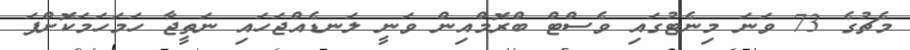
މެޗުގެ 73 ވަނަ މިނެޓުގައި ވެސްޓް ބްރޮމްއިން ވަނީ ލަނޑެއްޖަހައި ނަތީޖާ ހަމަހަމަކޮށްފަ